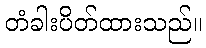
တံခါးပိတ်ထားသည်။